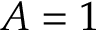
A = 1